Annual report of the Punjab Veterinary College and of the Civil Veterinary Department, Punjab - 1920-1925
Year: 1920
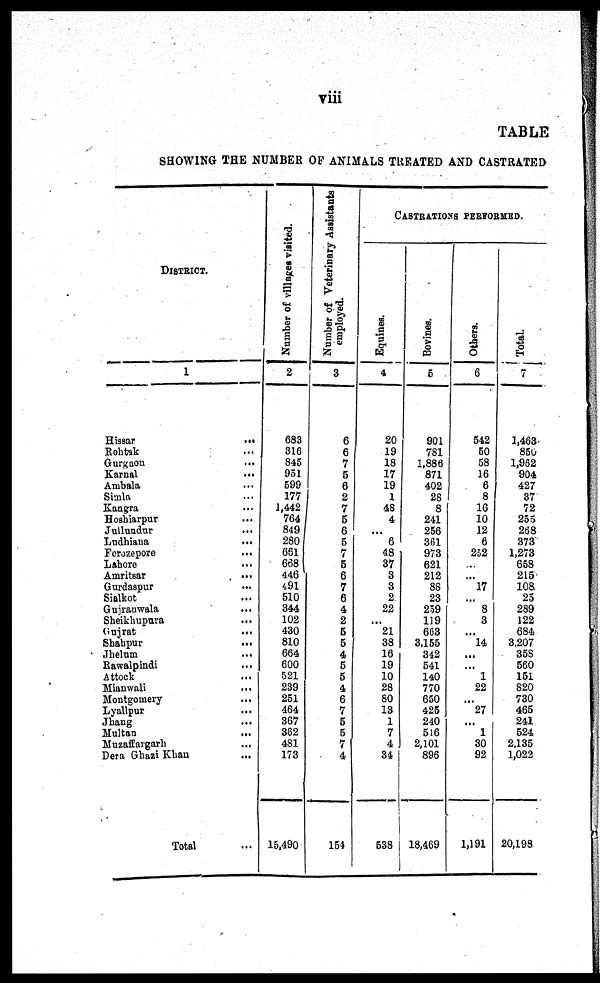
viii
TABLE
SHOWING THE NUMBER OF ANIMALS TREATED AND CASTRATED
DISTRICT.
1
Hissar
...
Rohtek ...
Gurgaon ...
Karnal
...
Ambala ...
Simla ...
Kangra ...
Hoshiarpur ...
Jullundur ...
Lndhiatia ...
Ferozepore ...
Lahore ...
Amritsar ...
Gurdaspur ...
Sialkot ...
GujraNala ...
Sheikhupura ...
Gujrat ...
Sbabpur ...
Jhelum ...
Rawalpindi ...
Attock ..
Mianwali ...
Montgomery ..
Lyallpur ...
Jhang ...
Multan ...
Muzaffargarh ...
Dera Ghazi Khan ...
Total ...
Number of villages visited.
2
683
316
845
951
599
177
1,442
764
849
280
661
668
446
491
510
344
102
430
810
664
600
521
239
251
464
367
362
4S1
173
15.490
Number of Veterinary Assistants employed
1
6
6
7
5
6
2
7
5
6
5
7
5
6
7
6
4
2
5
5
4
5
5
4
6
7
5
5
7
4
154
CASTRATIONS PERFORMED.
Equines.
4
20
19
18
17
19
1
48
4
...
6
48
37
3
3
2
22
...
21
38
16
19
10
28
80
13
1
7
4
34
538
Bovines.
5
901
7S1
1,886
871
402
28
8
241
256
361
973
621
212
88
23
259
119
663
3,155
342
541
140
770
650
425
240
516
2,101
896
18,469
Others.
6
542
50
58
16
6
8
16
10
12
6
252
...
...
17
...
8
3
...
14
...
...
1
22
...
27
...
1
30
92
1,191
Total.
7
1,463
850
1,962
904
427
37
72
255
268
373
1,273
658
215
108
25
289
122
684
3.207
35S
560
151
820
730
465
241
524
2.135
1,022
20,198